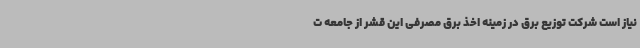
نیاز است شرکت توزیع برق در زمینه اخذ برق مصرفی این قشر از جامعه ت